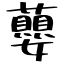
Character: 蘡